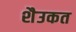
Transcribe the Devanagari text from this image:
शैउकत